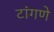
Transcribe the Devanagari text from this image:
टांगणे